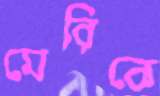
মেরিকে